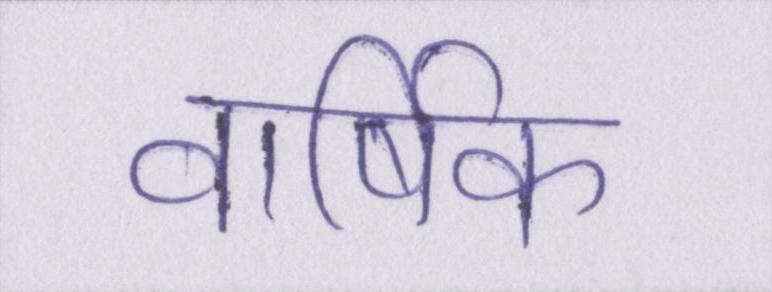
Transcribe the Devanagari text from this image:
वार्षिक